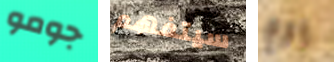
جومو سيتفهم يوم